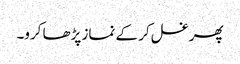
پھر غسل کر کے نماز پڑھا کرو۔